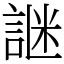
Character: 䛧